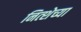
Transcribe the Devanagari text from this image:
नित्शेच्या